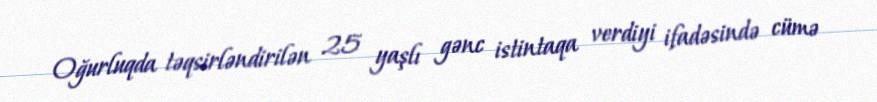
Oğurluqda təqsirləndirilən 25 yaşlı gənc istintaqa verdiyi ifadəsində cümə